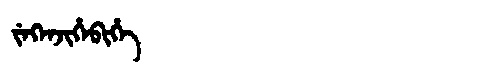
Manchu: ᠵᡝᡴᡝᠨᠵᡳᡥᡝᠪᡳᡥᡝ
Romanization: JEKENJIHEBIHE